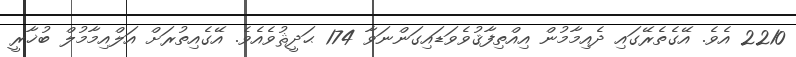
2210 އެވެ. އޭގެތެރޭގައި ދެއިމާމުން އިއްތިފާޤުވެވަޑައިގަންނަވާ 174 ޙަދީޘުވެއެވެ. އޭގެއިތުރަށް އަލްއިމާމުލް ބުޚާރީ